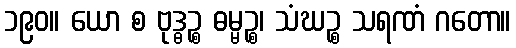
၁၉၀။ ယော စ ဗုဒ္ဓဉ္စ ဓမ္မဉ္စ၊ သံဃဉ္စ သရဏံ ဂတော။